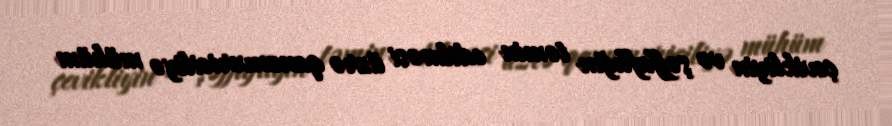
çevikliyin və şəffaflığın təmin edilməsi üzrə qanunvericiliyə mühüm